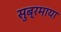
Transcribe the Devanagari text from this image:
सुब्रमाया